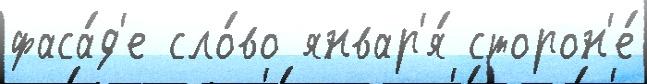
фаса́д'е сло́во январ'я́ сторон'е́